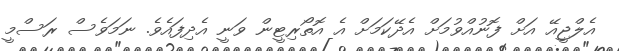
އެލްޖީއޭ އަށް ފޮނުއްވުމަށް އެދޭކަމަށް އެ އޮތޯރިޓީން ވަނީ އެދިފައެވެ. ނަމަވެސް ރަސްމީ